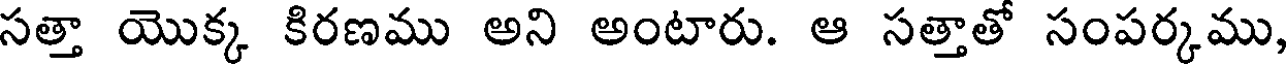
సత్తా యొక్క కిరణము అని అంటారు. ఆ సత్తాతో సంపర్కము,